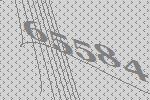
65584